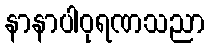
နာနာပါဝုရဏသညာ